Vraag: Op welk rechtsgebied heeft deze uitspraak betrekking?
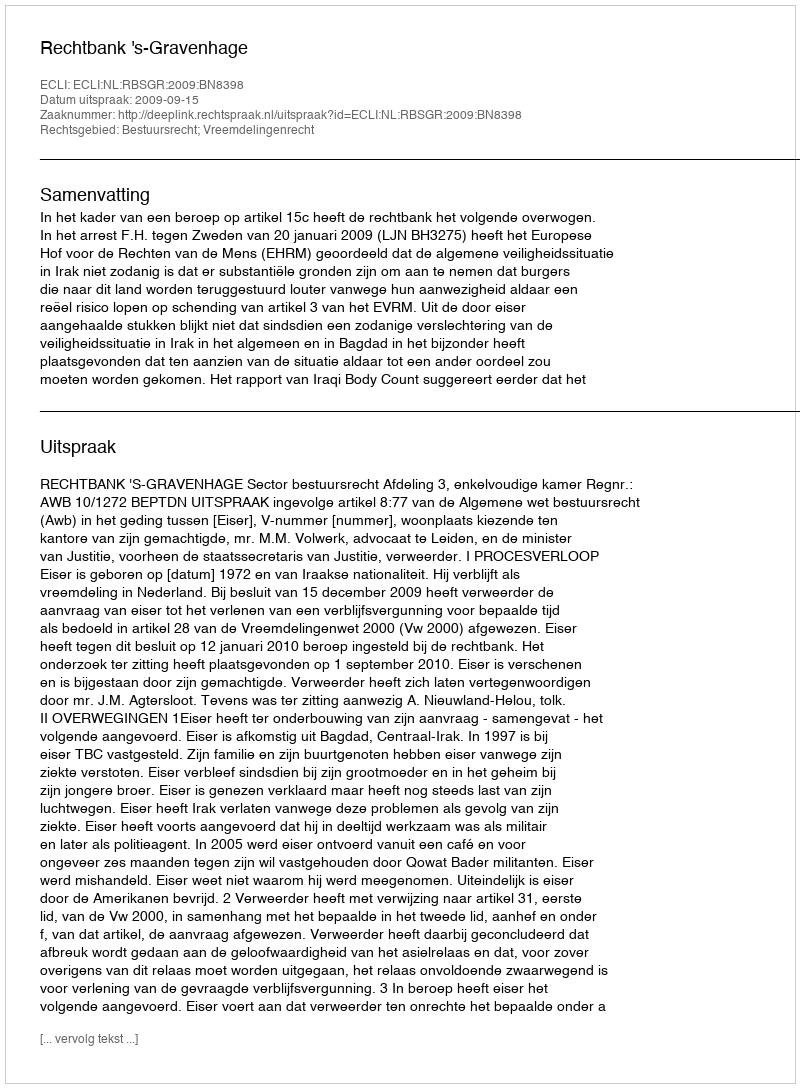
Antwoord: Bestuursrecht; Vreemdelingenrecht